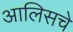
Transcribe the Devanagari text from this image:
आलिसचे